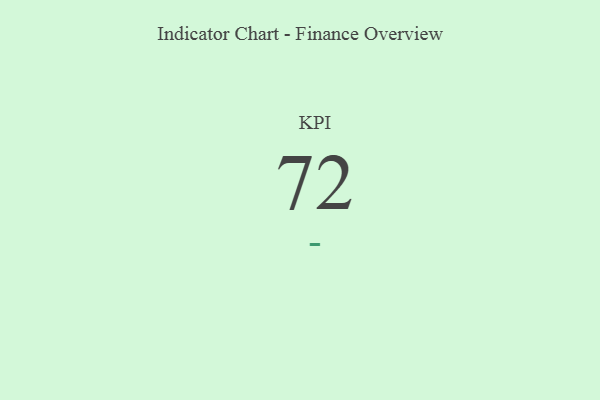
{"axis": {"x": "KPI", "y": "Value"}, "legend": [""], "data": [{"x": "KPI", "y": 72, "type": ""}]}